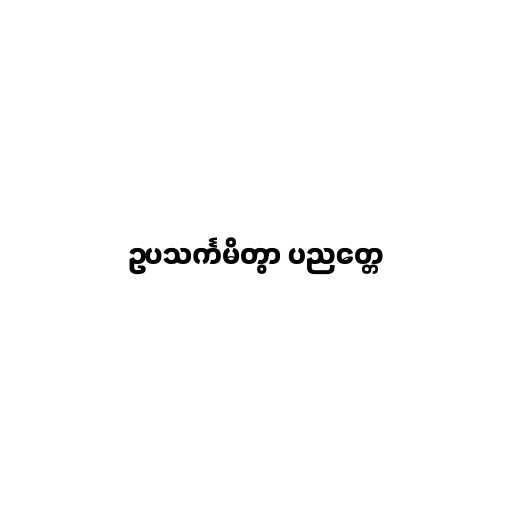
ဥပသင်္ကမိတွာ ပညတ္တေ